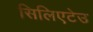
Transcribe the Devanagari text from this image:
सिलिएटेउ